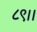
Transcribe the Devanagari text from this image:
८९।।